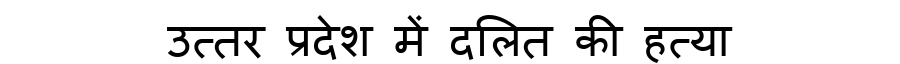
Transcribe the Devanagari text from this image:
उत्तर प्रदेश में दलित की हत्या